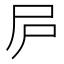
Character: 𡰲